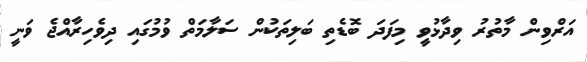
އަރްވިން މާތުރު ވިދާޅުވީ މިފަދަ ބޮޑެތި ބަލިތަކުން ސަލާމަތް ވުމުގައި ދިވެހިރާއްޖެ ވަނީ